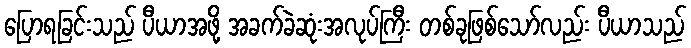
ပြောရခြင်းသည် ပီယာအဖို့ အခက်ခဲဆုံးအလုပ်ကြီး တစ်ခုဖြစ်သော်လည်း ပီယာသည်